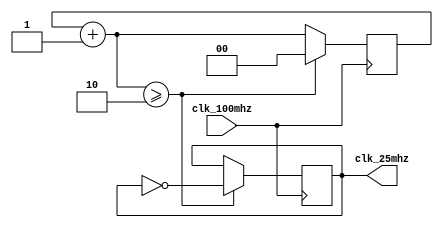

`ifndef _clk_25mhz
`define _clk_25mhz

module clk_25mhz(
    clk_100mhz,
    clk_25mhz
);
    input wire clk_100mhz;
    output reg clk_25mhz;

    reg [1:0]counter;

    initial begin
        counter = 0;
        clk_25mhz = 0;
    end

    always @(posedge clk_100mhz) begin
        counter = counter + 1;
        if (counter >= 2) begin
            clk_25mhz = ~clk_25mhz;
            counter = 0;
        end
    end

endmodule // clk_25mhz

`endif